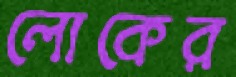
লোকের